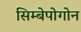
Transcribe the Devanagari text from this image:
सिम्बेपोगोन